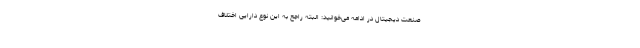
صنعت دیجیتال در ادامه می‌خوانید: البته راجع به این نوع دارایی اختلاف